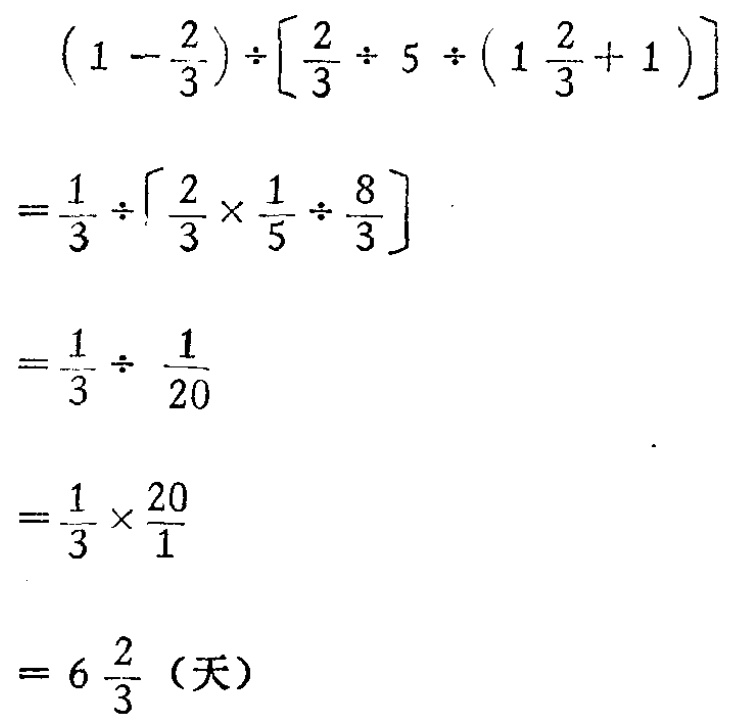
\[

\begin{align*}

&(1 - \frac{2}{3}) \div [\frac{2}{3} \div 5 \div (1\frac{2}{3} + 1)]\\

=&\frac{1}{3} \div [\frac{2}{3} \times \frac{1}{5} \div \frac{8}{3}]\\

=&\frac{1}{3} \div \frac{1}{20}\\

=&\frac{1}{3} \times \frac{20}{1}\\

=&6\frac{2}{3} \text{（天）}

\end{align*}

\]